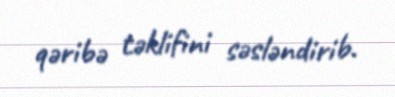
qəribə təklifini səsləndirib.